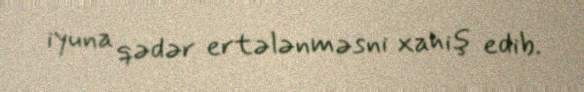
iyuna qədər ertələnməsni xahiş edib.